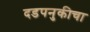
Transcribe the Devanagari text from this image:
दडपनुकीचा